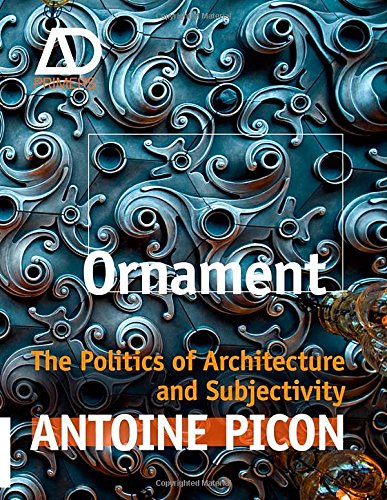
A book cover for Ornament: The Politics of Architecture and Subjectivity; Antoine Picon; Arts & Photography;